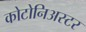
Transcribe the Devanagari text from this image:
कोटोनिअस्टर